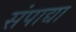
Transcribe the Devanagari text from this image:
संपाद्या